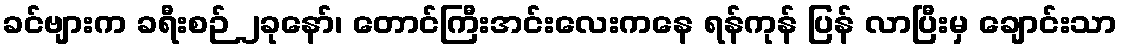
ခင်ဗျားက ခရီးစဉ် ၂ခုနော်၊ တောင်ကြီးအင်းလေးကနေ ရန်ကုန် ပြန် လာပြီးမှ ချောင်းသာ